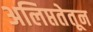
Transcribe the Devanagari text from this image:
अलिप्ततेतून